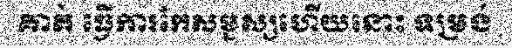
គាត់ ធ្វើការកែសម្ជស្សហើយនោះ ទម្រង់